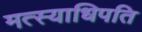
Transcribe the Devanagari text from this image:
मत्स्याधिपति